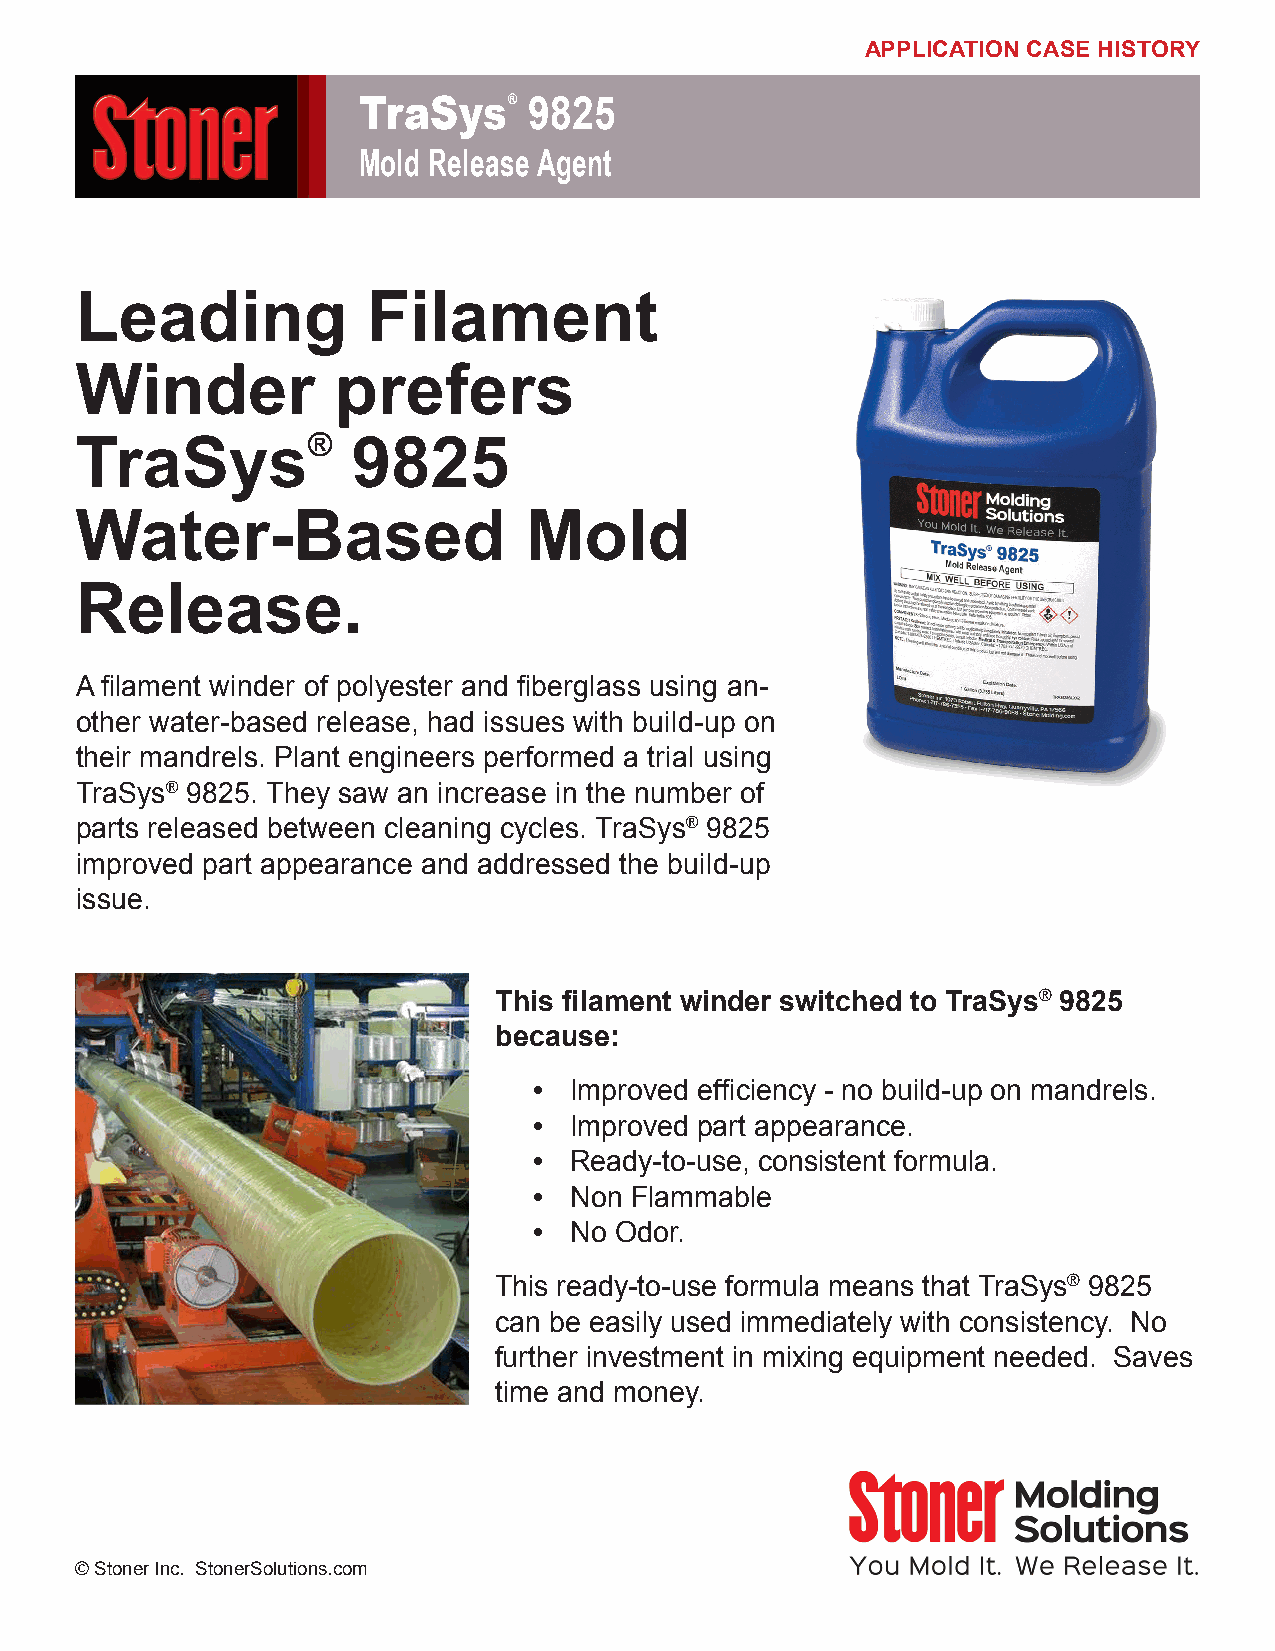
APPLICATION CASE HISTORY
 TraSys®    9825
 Mold Release Agent
 Leading            Filament
 Winder           prefers
 ®
 TraSys            9825
 Water-Based                   Mold
 Release.
 A filament winder of polyester and fiberglass using an-
 other water-based release, had issues with build-up on
 their mandrels. Plant engineers performed a trial using
 TraSys® 9825. They saw an increase in the number of
 parts released between cleaning cycles. TraSys® 9825
 improved part appearance and addressed the build-up
 issue.
 This filament winder switched to TraSys® 9825
 because:
 •  Improved efficiency - no build-up on mandrels.
 •  Improved part appearance.
 •  Ready-to-use, consistent formula.
 •  Non Flammable
 •  No Odor.
 This ready-to-use formula means that TraSys® 9825
 can be easily used immediately with consistency. No
 further investment in mixing equipment needed. Saves
 time and money.
 © Stoner Inc. StonerSolutions.com